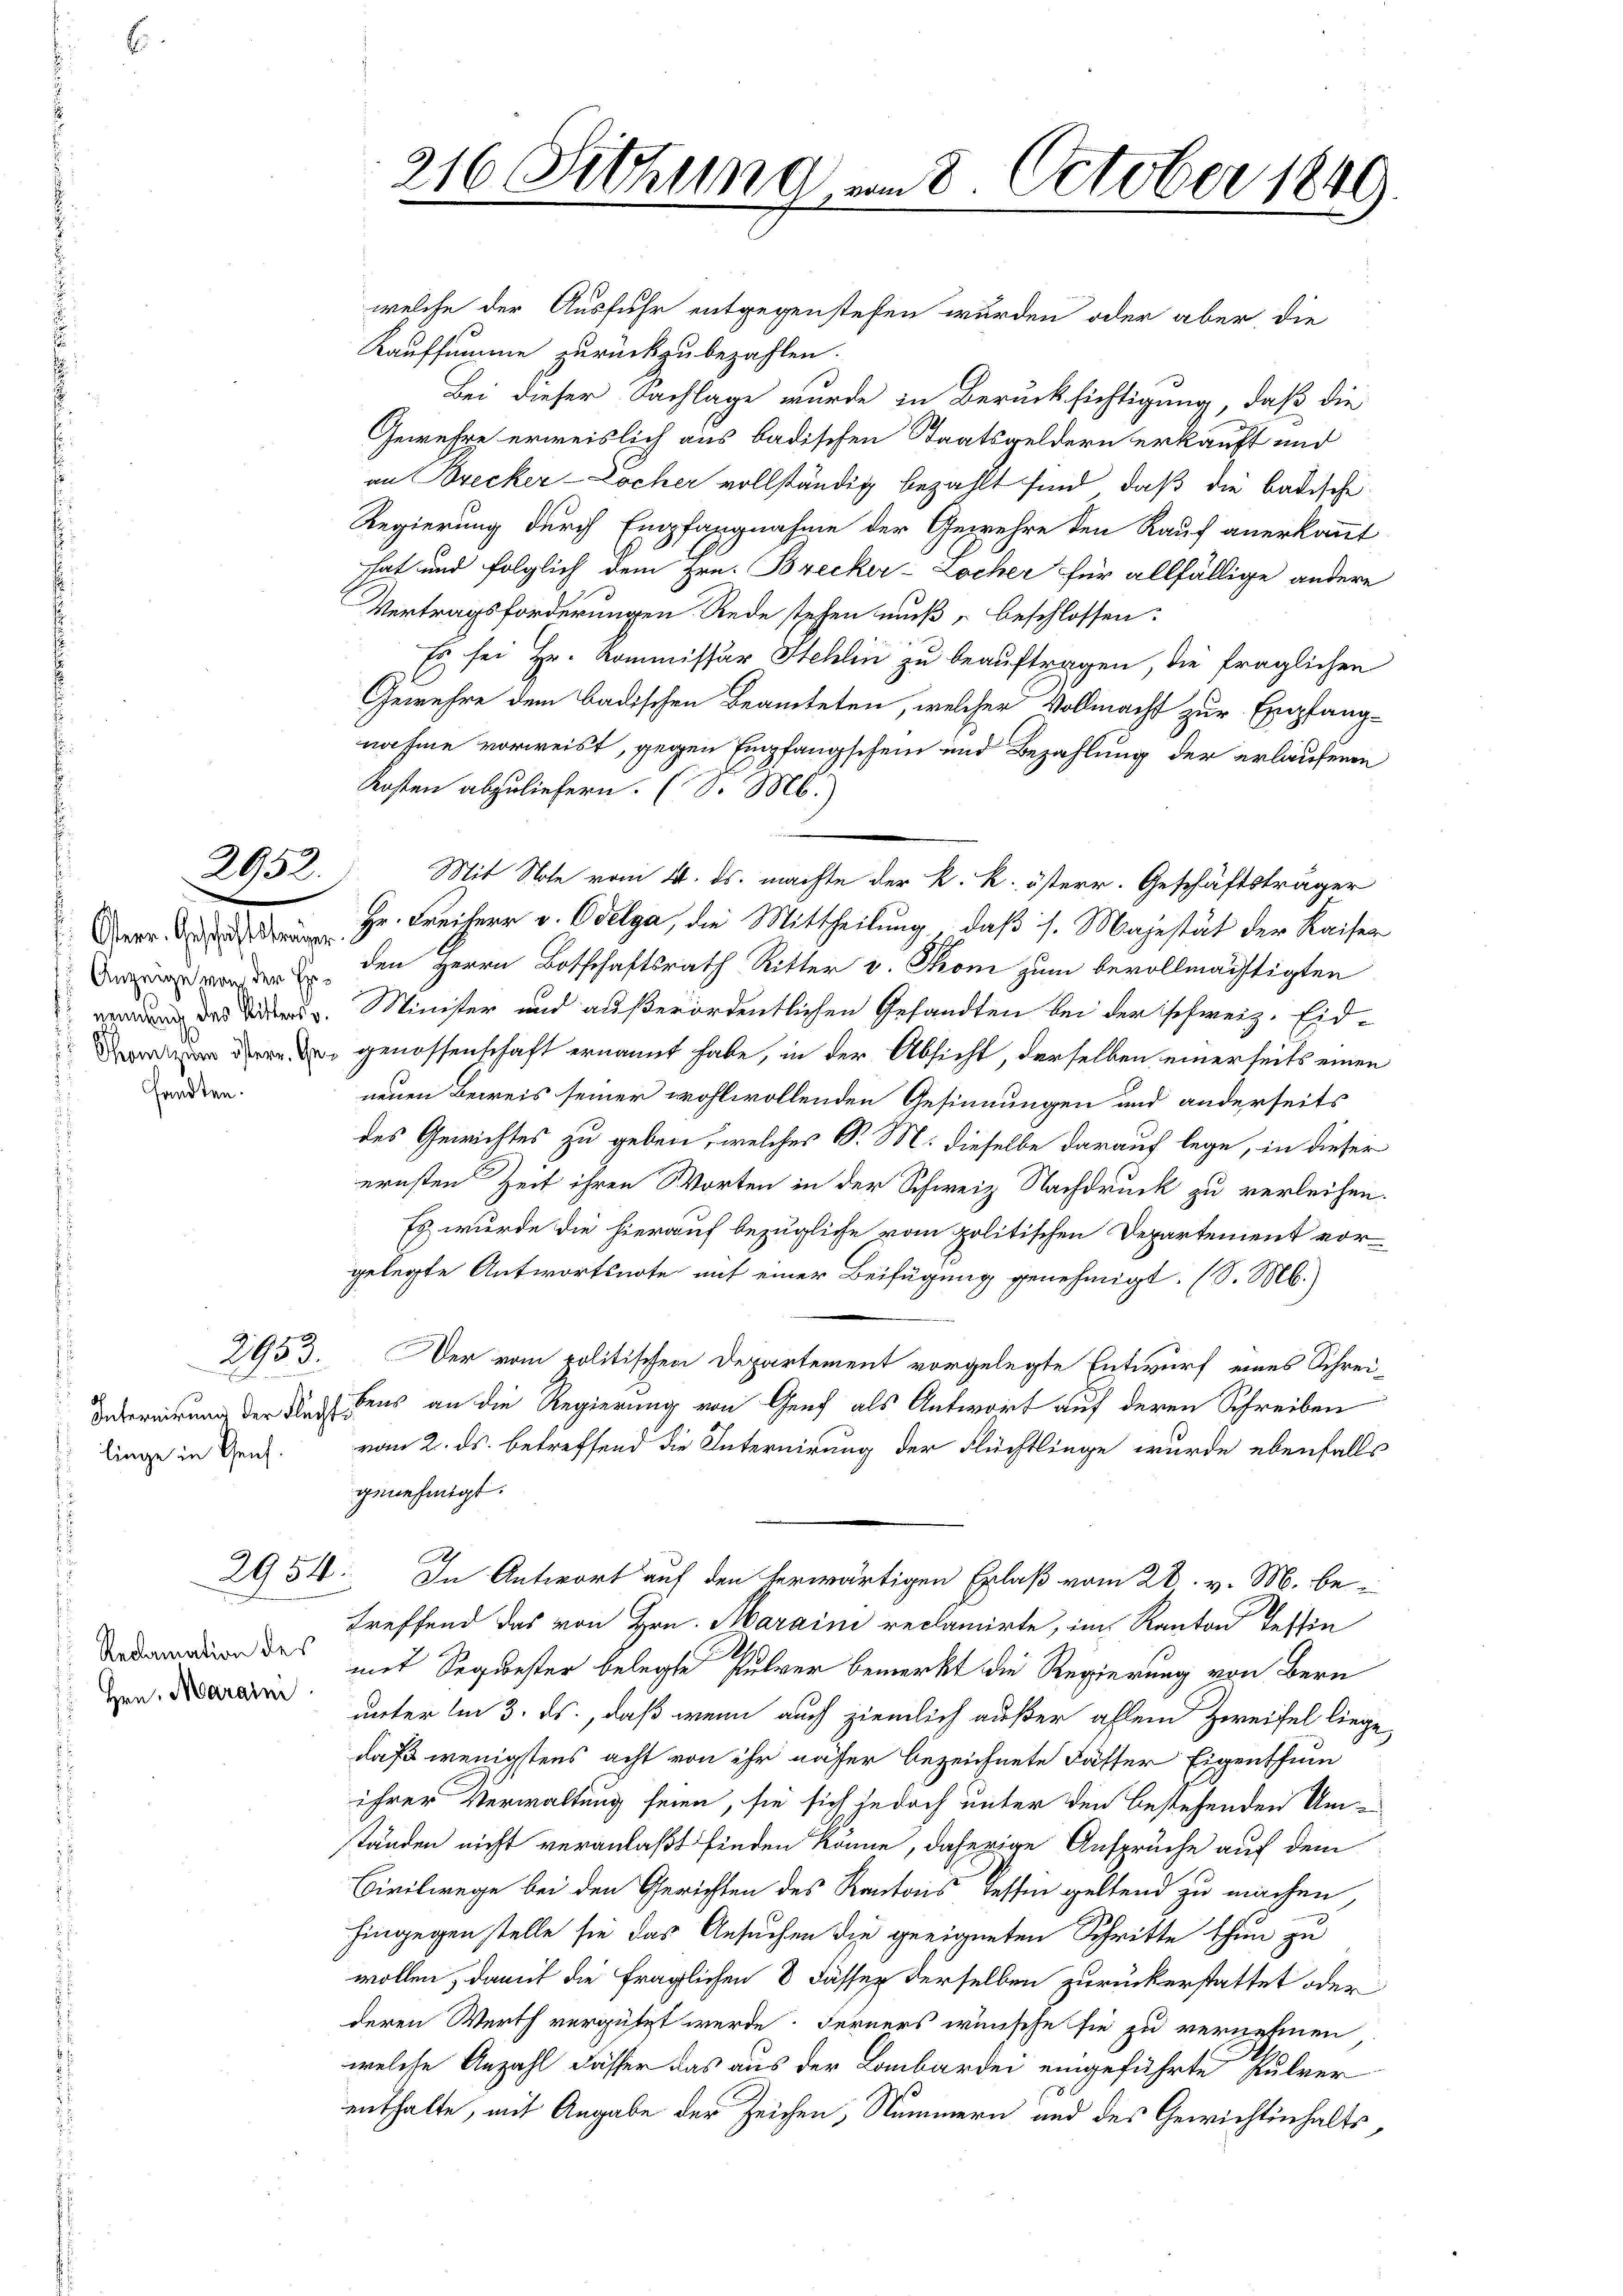
sandten.

2952.

linge in Genf.

Reclamation des
Hrn. Marain

welche der Ausfuhr entgegenstehen wurden oder aber, die
Kaufsumme zurückzubezahlen.
Bei dieser Sachlage wurde in Berücksichtigung, daß die
Gewehre erweislich aus badischen Staatsgeldern erkauft und
an Brecker-Zocher vollständig bezahlt sind, daß die badische
Regierung durch Empfangnahme der Gewehre den Kauf anerkannt
hat und folglich dem Hrn. Brecker-Locher für allfällige andere
Vertragsforderungen Rede stehen muß, beschlossen:
Es sei Hr. Kommissär Schlin zu beauftragen, die fraglichen
Gewehre dem badischen Beamteten, welcher Vollmacht zur Empfangnahme vorweist, gegen Empfangschein und Bezahlung der erlaufenen
Kosten abzuliefern. (S. M.)
Mit Note vom 4. ds. machte der k. k. österr. Geschäftsträger
Dr. Hr. Freiherr v. Odelga, die Mittheilung, daß s. Majestät der Kaiser
   den Herrn Botschaftsrath Ritter v. Thon zum bevollmächtigten
 das Tit. Minister und außerordentlichen Gesandten bei der schweiz. Eid¬
 genossenschaft ernannt habe, in der Absicht, derselben einerseits einen
neuen Beweis seiner wohlwollenden Gesinnungen und anderseits
des Gewichtes zu geben, welches S. M. dieselbe darauf lege, in dieser
ernsten Zeit ihren Worten in der Schweiz Nachdruck zu verleihen.
Es wurde die hierauf bezügliche vom politischen Departement vor
gelegte Antwortsnote mit einer Beifügung genehmigt. (S. M.)
2953. Der vom politischen Departement vorgelegte Entwurf eines Schrei¬
Debernierung der in dens an die Regierung von Genf als Antwort auf deren Schreiben
vom 2. ds. betreffend die Internirung der Flüchtlinge wurde ebenfalls
genehmigt.
Ah
2954. In Antwort auf den herwärtigen Erlaß vom 28. v. M. betreffend das von Hrn. Maraini reclamirte, im Kanton Tessin
mit Sequester belegte Pulver bemerkt die Regierung von Bern
unter im 3. ds., daß wenn auch ziemlich außer allem Zweifel liege
daß wenigstens acht von ihr näher bezeichnete Fässer Eigenthum
ihrer Verwaltung seien, sie sich jedoch unter den bestehenden Umständen nicht veranlaßt finden könne, daherige Ansprüche auf dem
Civilwege bei den Gerichten des Kantons Tessin geltend zu machen,
hingegen stelle sie das Ansuchen die geeigneten Schritte thun zu
wollen, damit die fraglichen 8 Fässer derselben zurückerstattet oder
deren Werth vergützt werde. Ferners wünsche sie zu vernehmen,
welche Anzahl dasser das aus der Lombardei eingeführte Pulver
enthalte, mit Angabe der Zeichen, Nummern und des Gewichtinhalts¬

216 Sitzung, am 8. October 1849
u